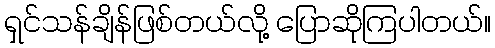
ရှင်သန်ချိန်ဖြစ်တယ်လို့ ပြောဆိုကြပါတယ်။